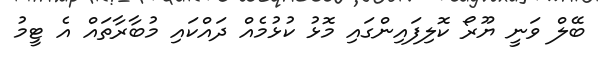
ބޭލް ވަނީ ޔޫރޯ ކޮލިފައިންގައި މޮޅު ކުޅުމެއް ދައްކައި މުބާރާތައް އެ ޓީމު